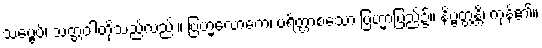
သဗ္ဗေပိ၊ သတ္တဝါတို့သည်လည်း။ ဗြဟ္မလောကေ၊ ပရိတ္တာစသော ဗြဟ္မာပြည်၌။ နိဗ္ဗတ္တန္တိ၊ ကုန်၏။